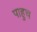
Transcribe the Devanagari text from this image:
पाहुच